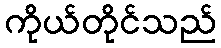
ကိုယ်တိုင်သည်